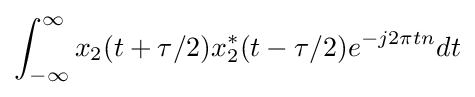
\int _{-\infty }^{\infty }x_{2}(t+\tau /2)x_{2}^{*}(t-\tau /2)e^{-j2\pi tn}dt